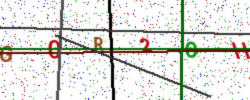
Text: G0R2OH